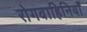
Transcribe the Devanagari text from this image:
रोगवाहिनियाँ